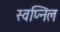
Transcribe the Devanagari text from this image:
स्‍वप्निल